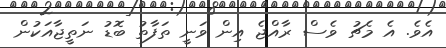
އެވެ. އެ މެެޗު ވެސް ރާއްޖެ އިން ވަނީ ތަފާތު ބޮޑު ނަތީޖާއަކުން